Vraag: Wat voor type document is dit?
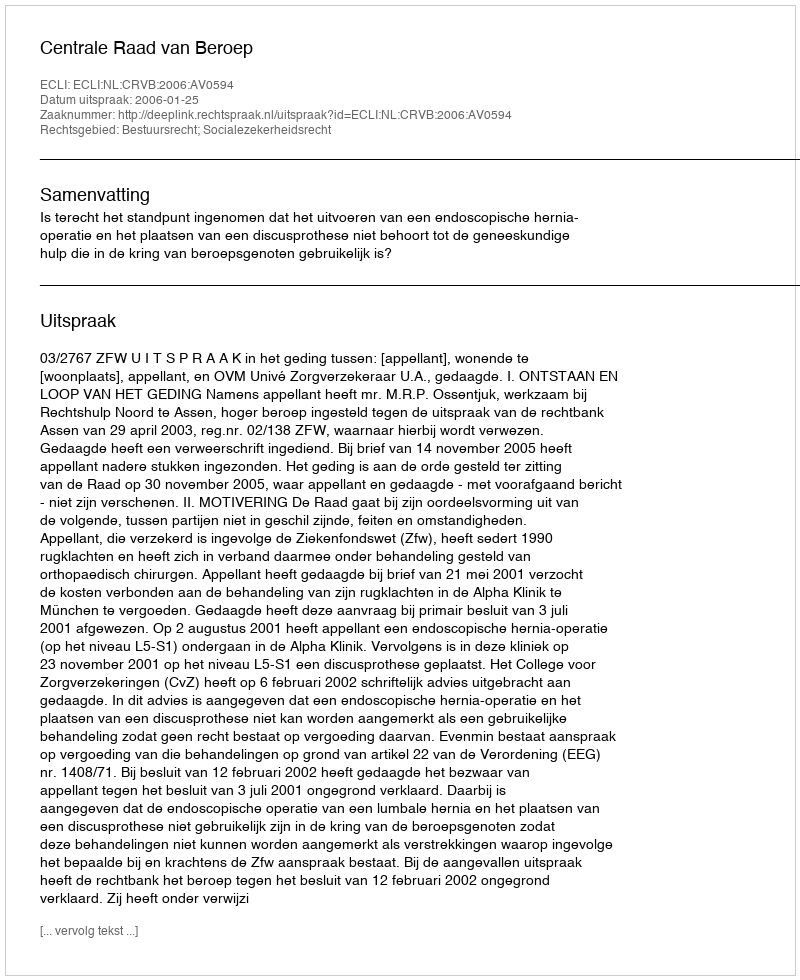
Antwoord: Uitspraak